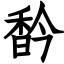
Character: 𩠻